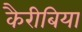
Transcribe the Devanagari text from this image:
कैरीबिया